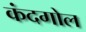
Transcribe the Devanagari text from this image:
कंदगोल